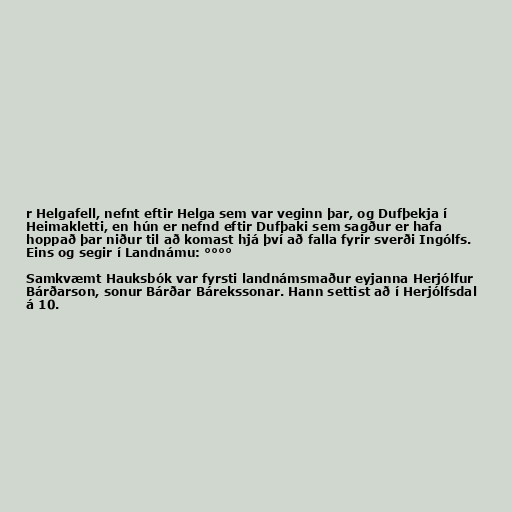
r Helgafell, nefnt eftir Helga sem var veginn þar, og Dufþekja í
Heimakletti, en hún er nefnd eftir Dufþaki sem sagður er hafa
hoppað þar niður til að komast hjá því að falla fyrir sverði Ingólfs.
Eins og segir í Landnámu: °°°°

Samkvæmt Hauksbók var fyrsti landnámsmaður eyjanna Herjólfur
Bárðarson, sonur Bárðar Bárekssonar. Hann settist að í Herjólfsdal
á 10.